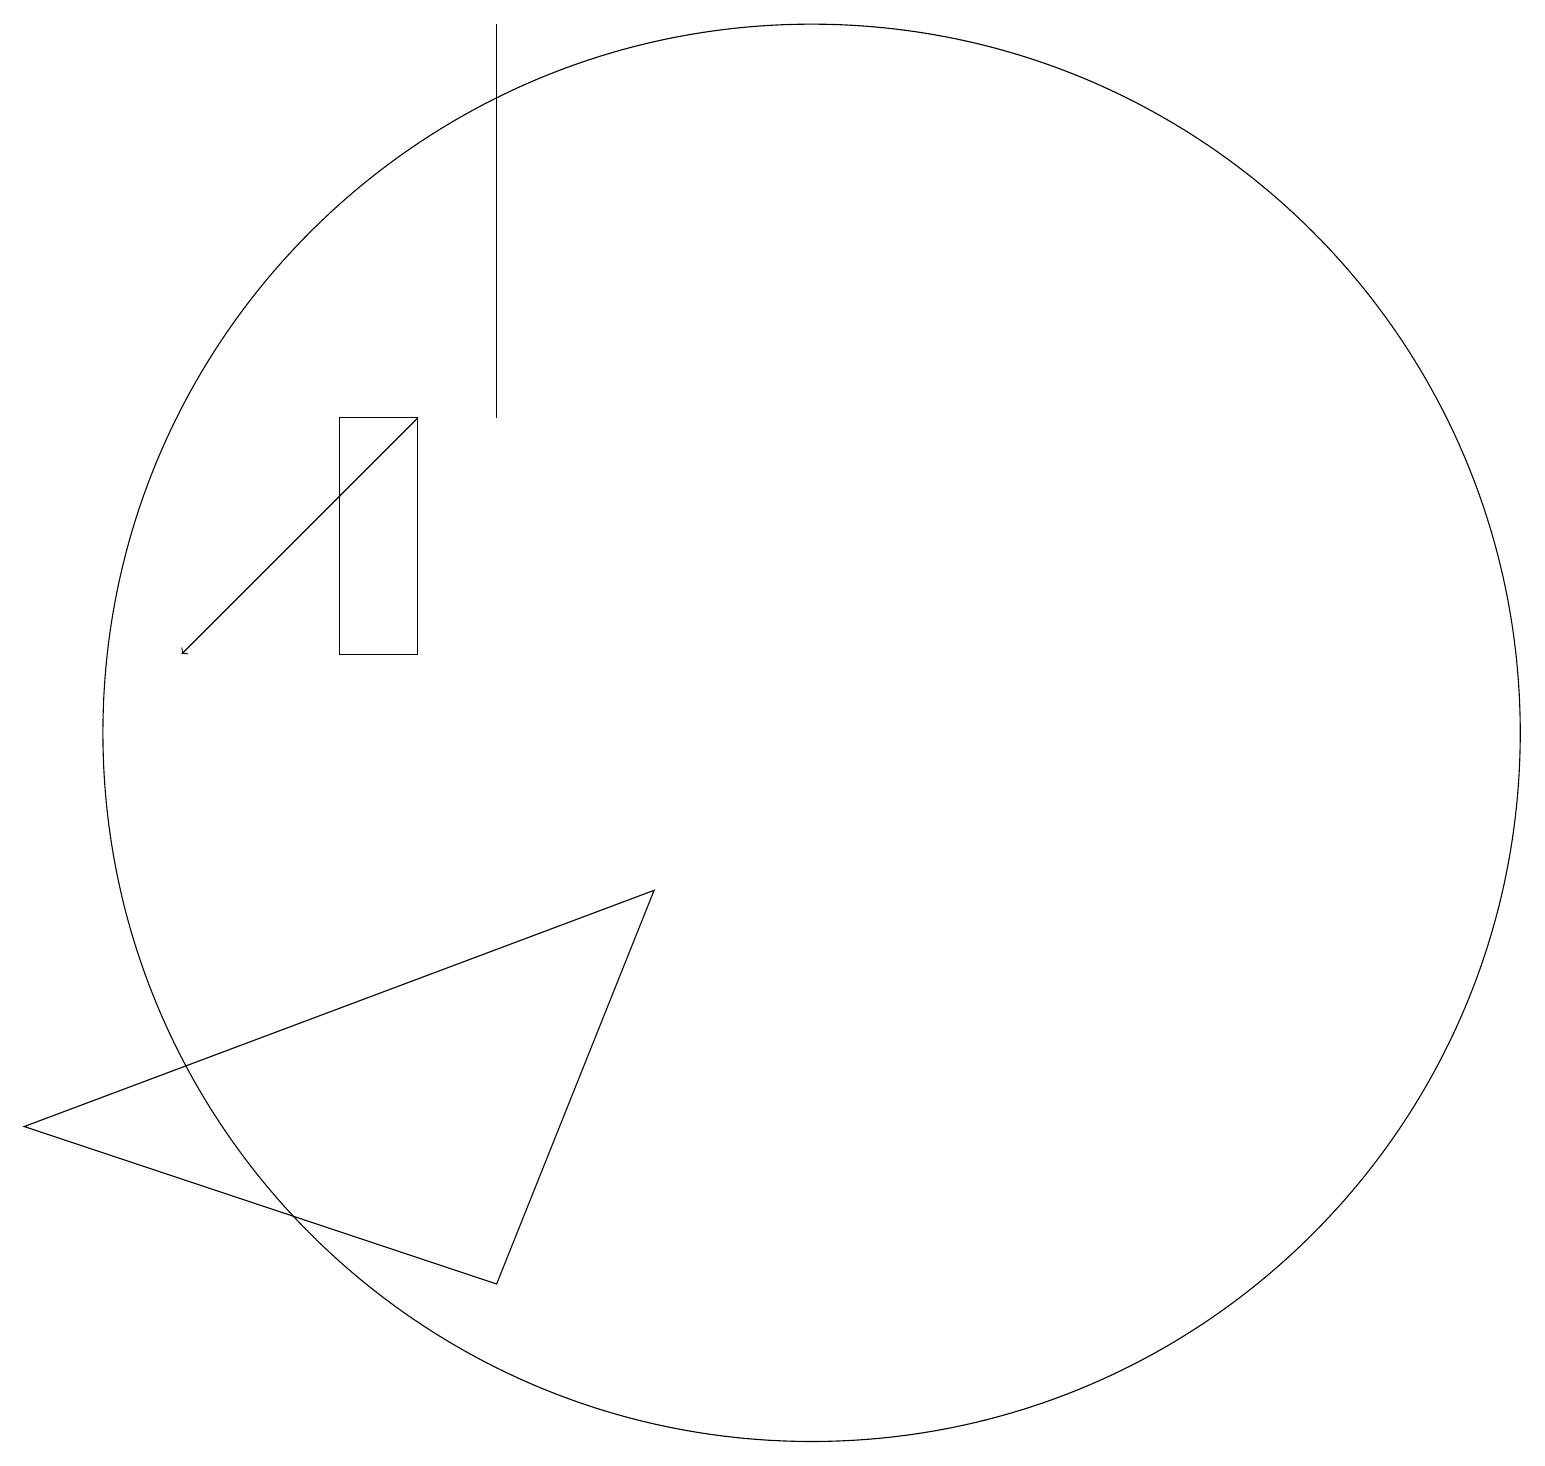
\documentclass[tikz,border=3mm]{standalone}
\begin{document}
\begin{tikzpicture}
\draw (5,11) rectangle (6,14);
\draw (7,19) rectangle (7,14);
\draw (11,10) circle (9);
\draw (9,8) -- (1,5) -- (7,3) -- cycle;
\draw[->] (6,14) -- (3,11);
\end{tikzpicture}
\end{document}